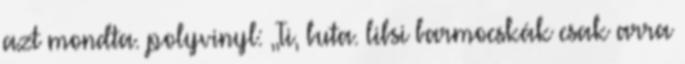
azt mondta. polyvinyl: ,,Ti, buta. libsi barmocskák csak arra